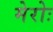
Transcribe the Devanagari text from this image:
मेरोः